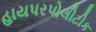
હાયપરપોલીટીક